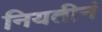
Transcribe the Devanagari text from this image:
नियतीनं